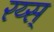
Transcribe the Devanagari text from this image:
रय्स्